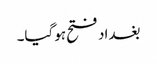
بغداد فتح ہوگیا۔